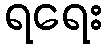
ရရေး